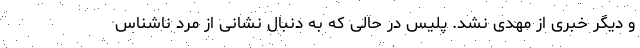
و دیگر خبری از مهدی نشد. پلیس در حالی که به دنبال نشانی از مرد ناشناس